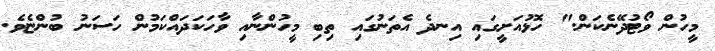
މީހުން ވޯޓުދޭނެކަން." ހޮޅުއަށީގައި އިނދެ އެތަނުގައި ތިބި މީހުންނާއި ވާހަކަދައްކަމުން ހަސަނު ބުންޏެވެ.